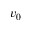
v _ { 0 }